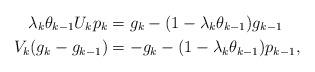
LaTeX: \begin{align*}\lambda_k \theta_{k-1} U_k p_k &= g_k-(1-\lambda_k\theta_{k-1})g_{k-1} \\V_k (g_k-g_{k-1}) &= -g_k-(1-\lambda_k\theta_{k-1})p_{k-1}, \end{align*}